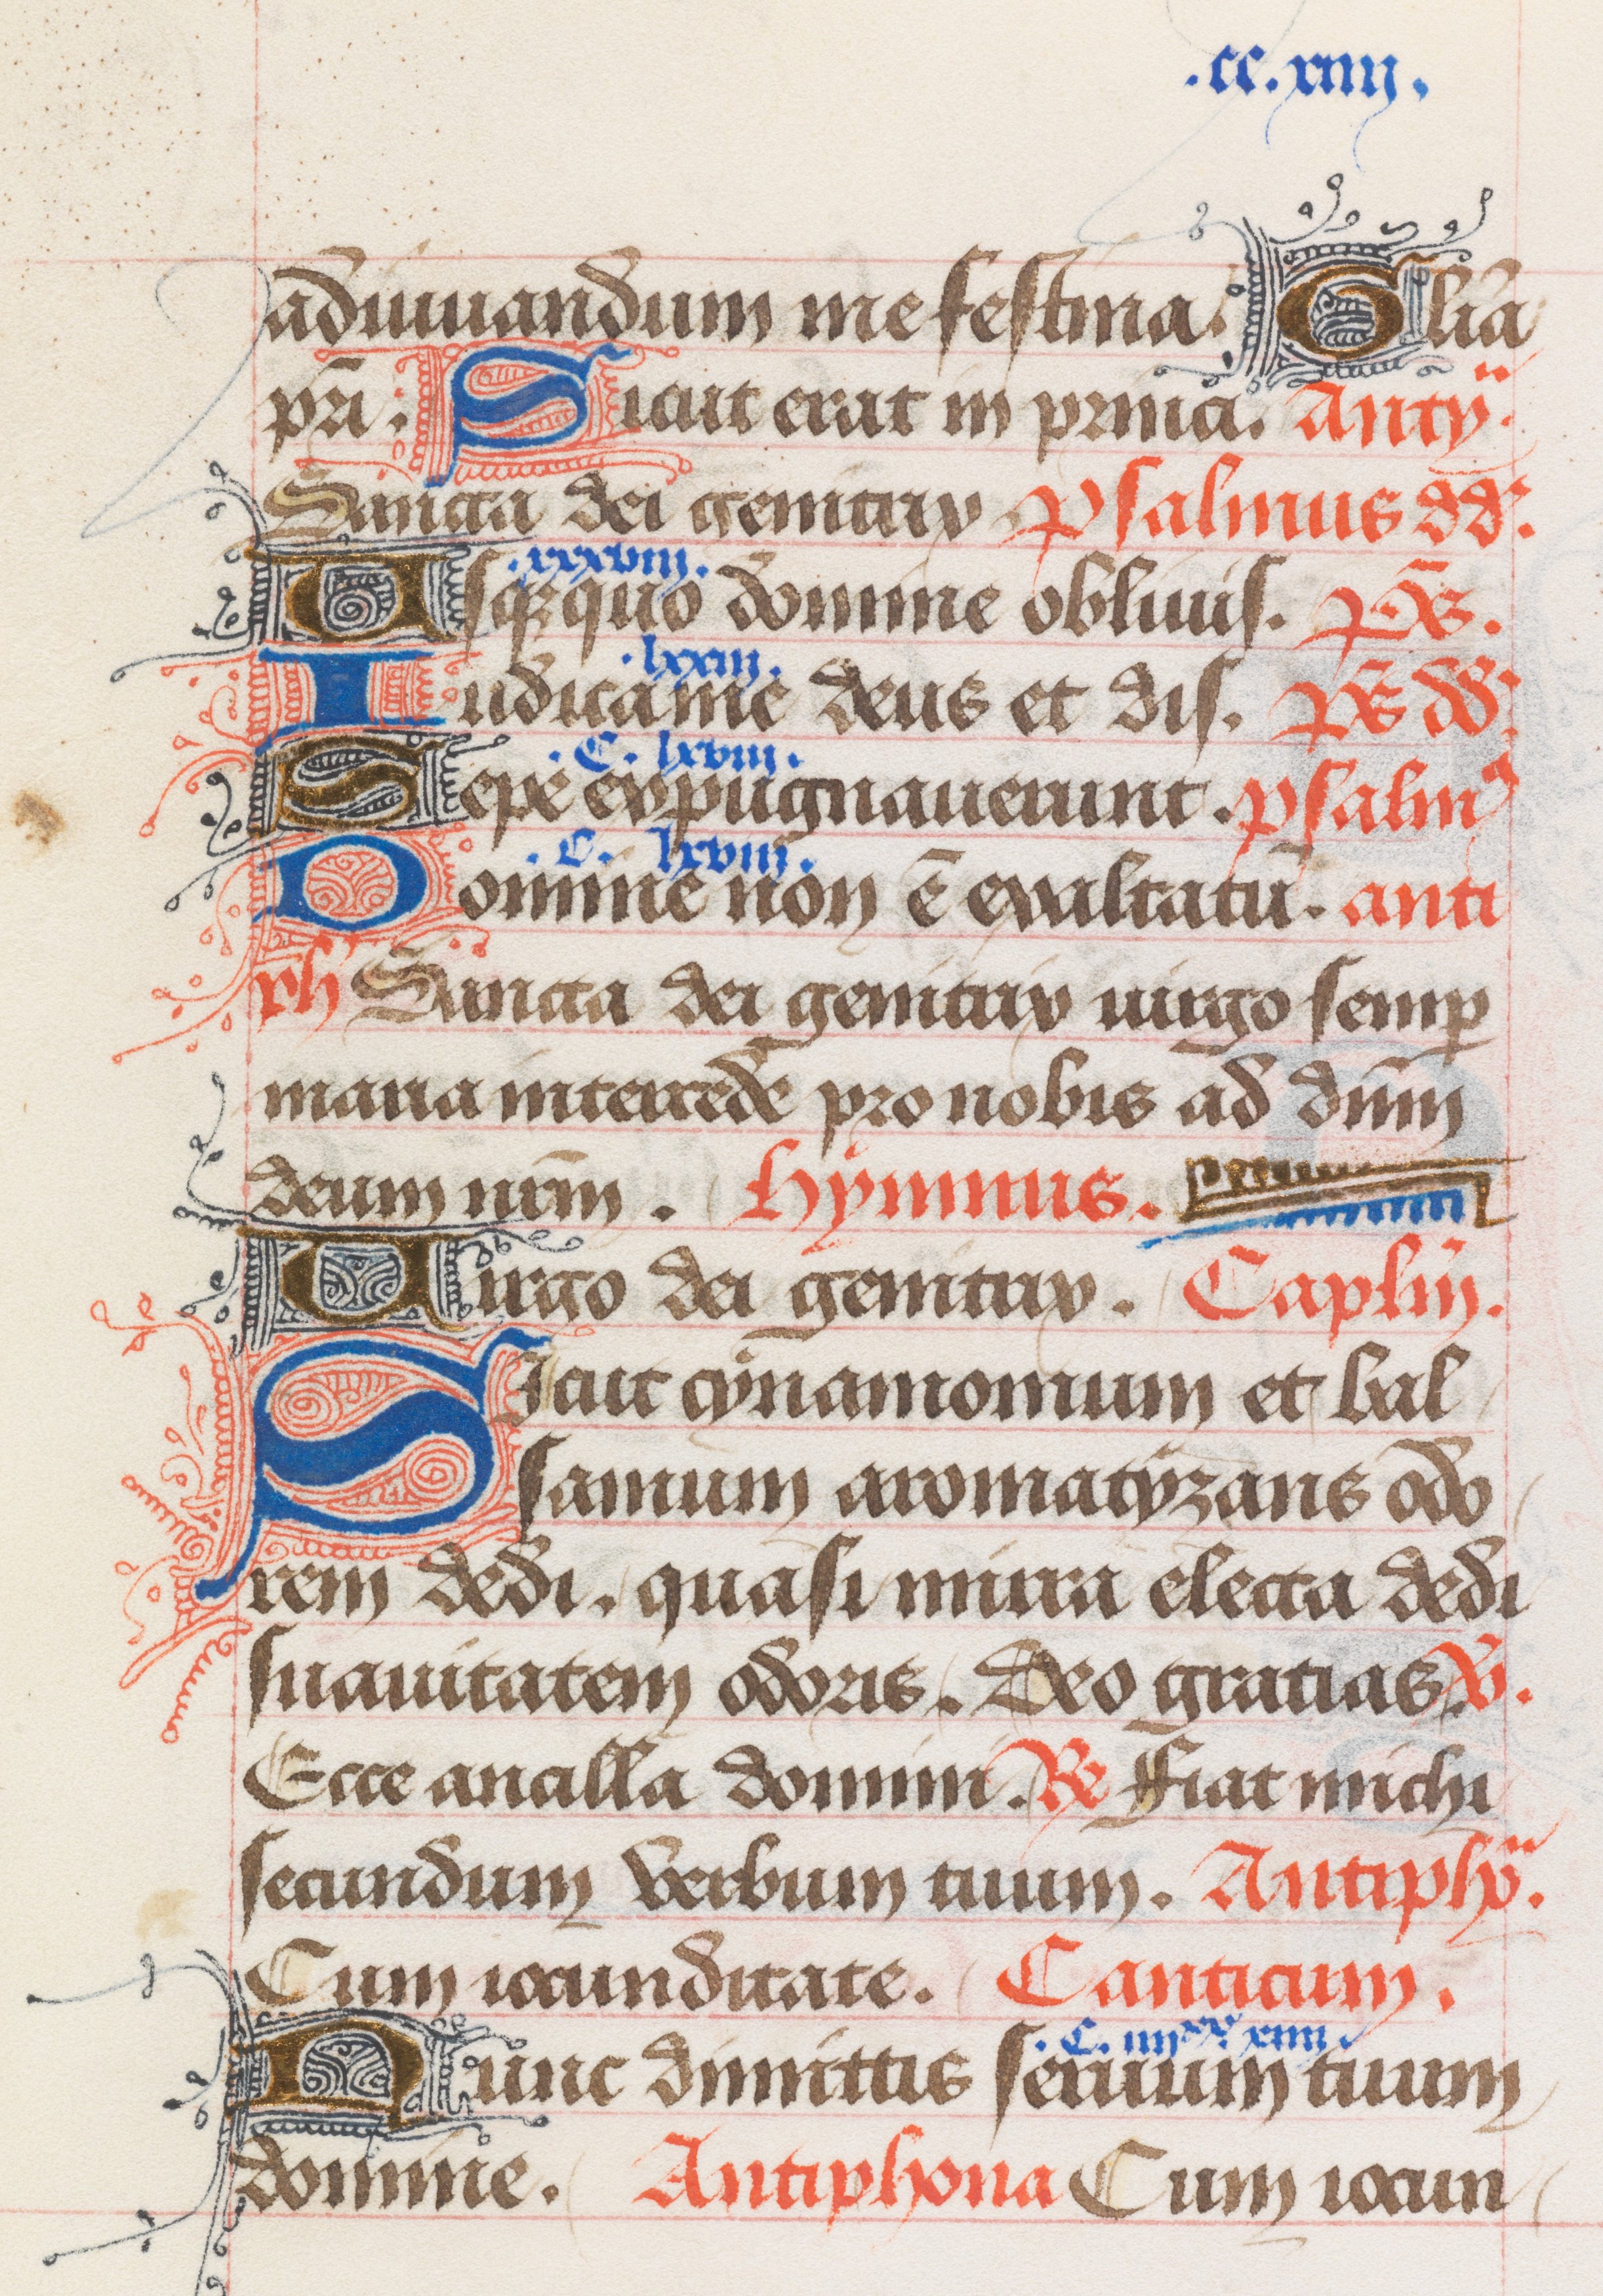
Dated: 1400–1499